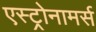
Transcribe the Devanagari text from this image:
एस्ट्रोनामर्स